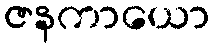
ဇနကာယော